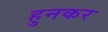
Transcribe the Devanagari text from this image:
हुनकर